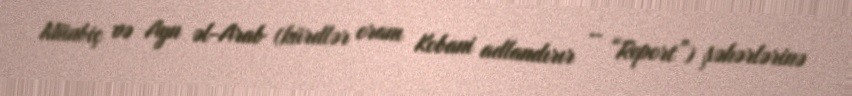
Münbiç və Ayn əl-Arab (kürdlər oranı Kobani adlandırır – “Report”) şəhərlərinə